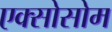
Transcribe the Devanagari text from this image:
एक्सोसोम